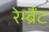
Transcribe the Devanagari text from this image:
रेम्ब्रैंट